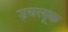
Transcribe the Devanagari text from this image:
इयरबूक